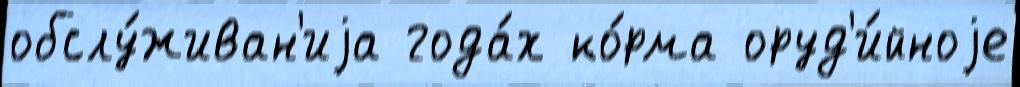
обслу́живан'иjа года́х ко́рма оруд'и́йноjе